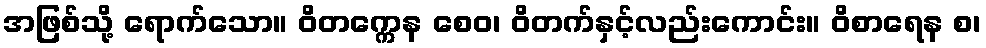
အဖြစ်သို့ ရောက်သော။ ဝိတက္ကေန စေဝ၊ ဝိတက်နှင့်လည်းကောင်း။ ဝိစာရေန စ၊